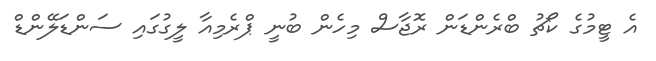
އެ ޓީމުގެ ކޯޗު ބްރެންޑަން ރޮޖާސް މިހެން ބުނީ ޕްރެމިއާ ލީގުގައި ސަންޑަލޭންޑް